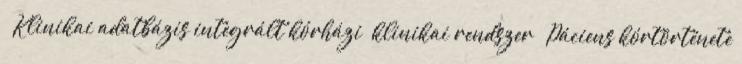
 Klinikai adatbázis integrált kórházi klinikai rendszer  Páciens kórtörténete